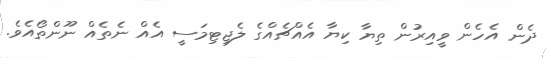
ދެން އެހެން ވީއިރުން ތިޔާ ކިޔާ އެއްޗެއްގެ ލެޖިޓިމަސީ އެއް ނެތެއް ނޫންތޯއެވެ.